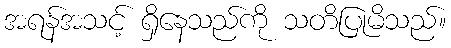
အရန်အသင့် ရှိနေသည်ကို သတိပြုမိသည်။